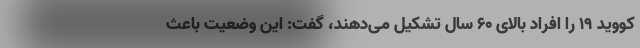
کووید ۱۹ را افراد بالای ۶۰ سال تشکیل می‌دهند، گفت: این وضعیت باعث